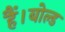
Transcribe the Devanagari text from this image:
हैं।बोल्ड